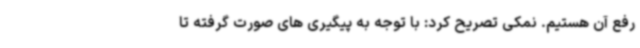
رفع آن هستیم. نمکی تصریح کرد: با توجه به پیگیری های صورت گرفته تا